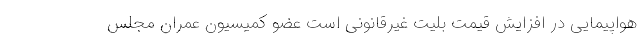
هواپیمایی در افزایش قیمت بلیت غیرقانونی است عضو کمیسیون عمران مجلس